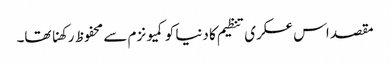
مقصد اس عسکری تنظیم کا دنیا کو کمیونزم سے محفوظ رکھنا تھا۔